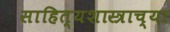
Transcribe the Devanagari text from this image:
साहित्यशास्त्राच्या